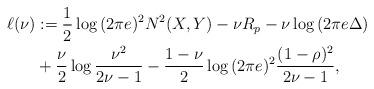
LaTeX: \begin{align*}\ell(\nu)&:=\frac{1}{2} \log{(2\pi e)^2N^2(X,Y)} - \nu R_p -\nu \log{(2 \pi e \Delta)} \\& + \frac{\nu}{2} \log{\frac{\nu^2}{2\nu-1}}-\frac{1-\nu}{2} \log{(2\pi e)^2\frac{(1-\rho)^2}{2\nu-1}},\end{align*}